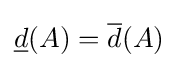
{\underline {d}}(A)={\overline {d}}(A)